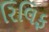
રિલિફ